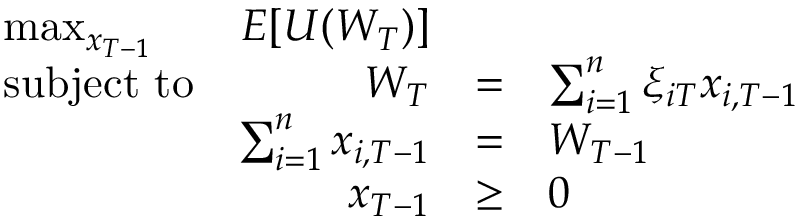
{ \begin{array} { l r c l r } { \operatorname* { m a x } _ { x _ { T - 1 } } } & { E [ U ( W _ { T } ) ] } & \\ { { \mathrm { s u b j e c t ~ t o } } } & { W _ { T } } & { = } & { \sum _ { i = 1 } ^ { n } \xi _ { i T } x _ { i , T - 1 } } \\ & { \sum _ { i = 1 } ^ { n } x _ { i , T - 1 } } & { = } & { W _ { T - 1 } } \\ & { x _ { T - 1 } } & { \geq } & { 0 } \end{array} }